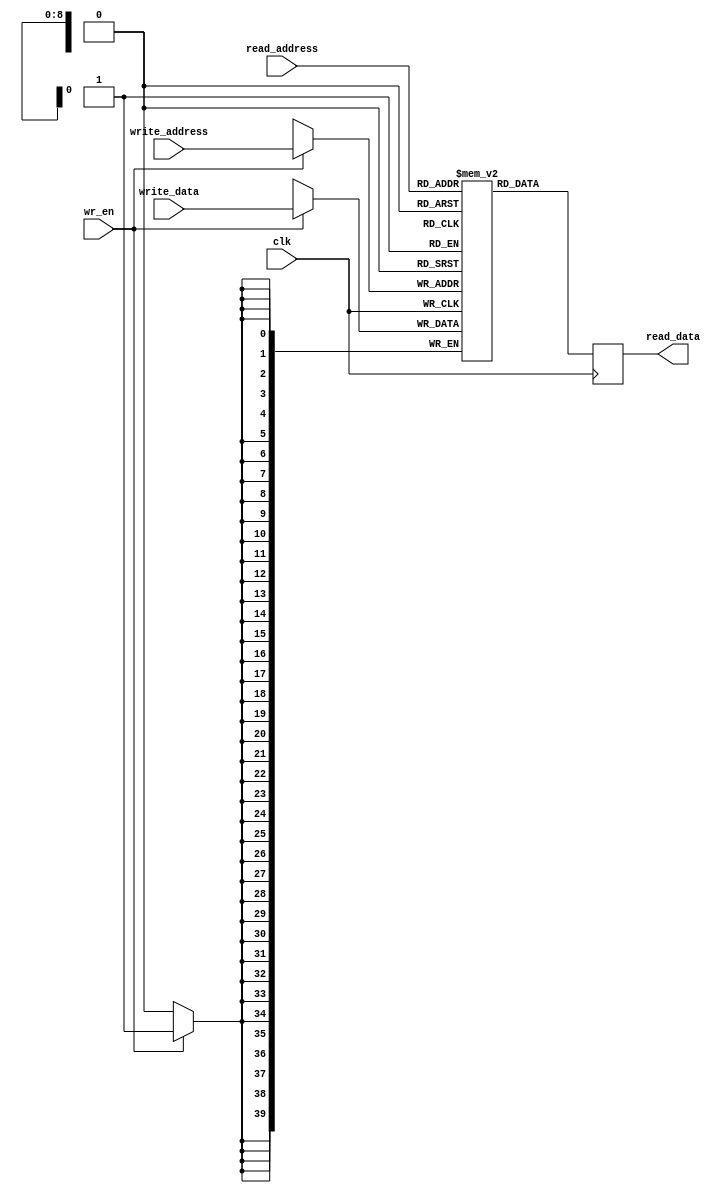
module simple_dual_port(
	clk,
	wr_en,
	read_address,
	write_address,
	read_data,
	write_data
);
parameter address_width = 9; //9 bits long address bus
parameter word_length = 40; //40 bits long word
input clk; //clock
input wr_en; //write enable
input [(address_width - 1):0] read_address; //read_address
input [(address_width - 1):0] write_address; //write_address
input [(word_length - 1):0] write_data; //input_data
output [(word_length - 1):0] read_data; //output_data

`ifndef hard_mem
reg [(word_length - 1):0] simple_dual_port [((1<<address_width) - 1):0]; //memory
reg [(word_length - 1):0] read_data; //output_data


always @(posedge clk)begin 
	if (wr_en == 1) begin //write operation
		simple_dual_port[write_address] <= write_data; 			
	end
	//else if (wr_en == 0)begin //read operation
		read_data <= simple_dual_port[read_address];
	//end
end

`else

simple_dual_port_ram u_simple_dual_port_ram(
.addr1(write_address),
.we1(wr_en),
.data1(write_data),
.addr2(read_address),
.out2(read_data),
.clk(clk)
);


`endif

endmodule